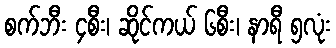
စက်ဘီး ၄စီး၊ ဆိုင်ကယ် ၆စီး၊ နာရီ ၅လုံး